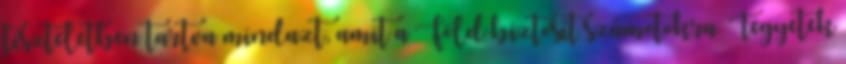
tiszteletben tartva mindazt, amit a Föld biztosít számotokra. Tegyetek